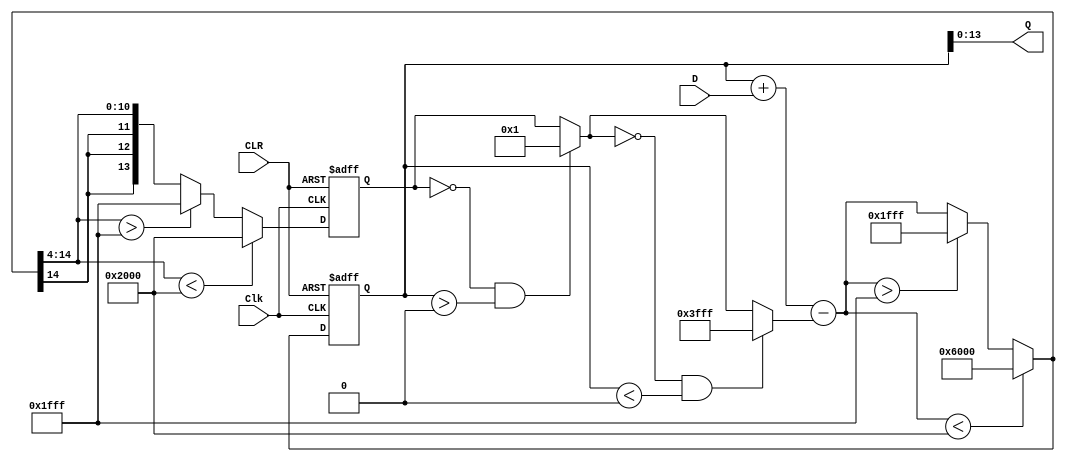
module shapeInt #(parameter Nbits = 14)

     (Clk, // Positive-Edge Clock
                   CLR, // CLR Asynchronous Clear 
                     D, // Data Input
                     Q); // Data Output

  input Clk, CLR;
  input signed [Nbits-1:0] D;
  output signed [Nbits-1:0] Q;

  reg signed [Nbits:0] tmp = 0;

  // Constants value for filter saturation
  reg signed [Nbits-1:0] Mpos = (1<<(Nbits-1)) - 1;
  reg signed [Nbits-1:0] Mneg = (1<<(Nbits-1));
  
  parameter b1 = 4;
  
  reg signed [Nbits-1:0] y1 = 0;
  
  always @(posedge Clk or posedge CLR)
  begin
    //$monitor ( "%g\t %d %d %d" , $time, D, y1, tmp);
    if (CLR) begin
      tmp = 0;
      y1 = 0;
    end
    else begin
      if ((y1 == 0) && (tmp > 0)) y1 = 1;	    
      if ((y1 == 0) && (tmp < 0)) y1 = -1;	    
      tmp = tmp + D - y1;
        
      if (tmp < Mneg) tmp = Mneg;
         else if (tmp > Mpos) tmp = Mpos;

      y1 = tmp>>>b1;

      if (y1 < Mneg) y1 = Mneg;
        else if (y1 > Mpos) y1 = Mpos;

    end
  end
  assign Q = tmp[Nbits-1:0];
endmodule